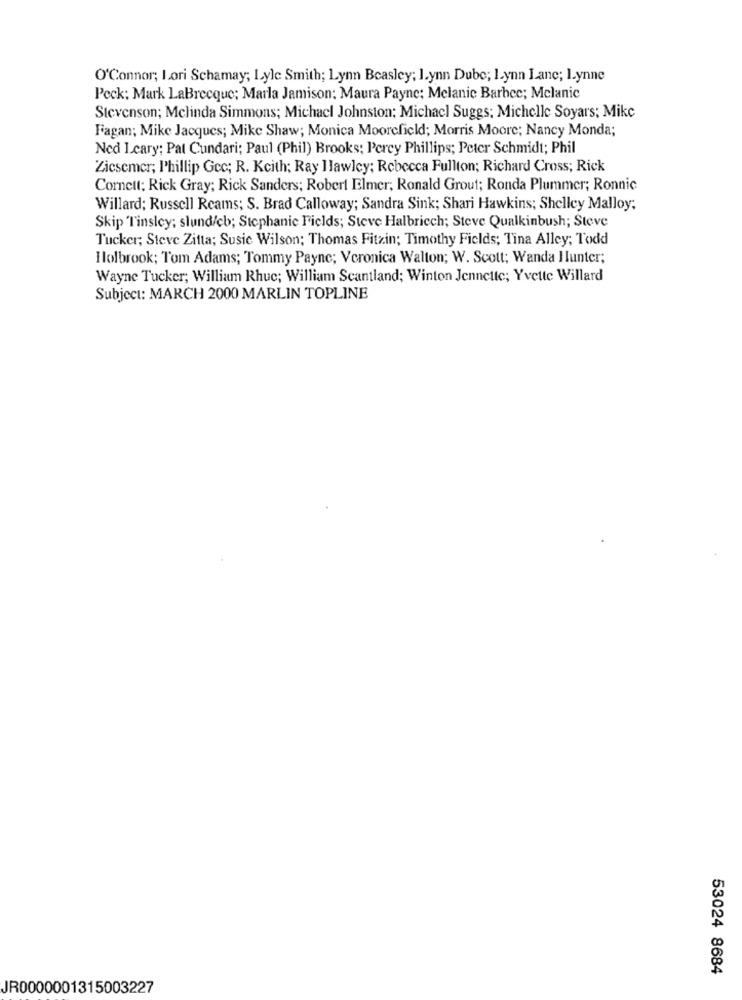
O'Connor; Lori Schamay; Lyle Smith; Lynn Beasley; l.ynn Dube; Lynn Lane; lynne
Peck: Mark LaBrecque; Marla Jamison: Maura Payne; Melanie Barbec; Mclanic
Stevenson; Melinda Simmons; Michael Johnston; Michael Suggs; Michelle Soyars; Mike
Fagan; Mike Jacques; Mike Shaw; Monica Moorefield; Morris Moore; Nancy Monda;
Ned Leary: Pat Cundari; Paul (Phil) Brooks; Percy Phillips; Peter Schmidt; Phil
Zicsemer; Phillip Gcc; R. Keith: Ray Hawley; Rebecca Fullton; Richard Cross; Rick
Cornett: Rick Gray; Rick Sanders; Robert Elmer; Ronald Grout; Ronda Plummer; Ronnic
Willard; Russell Reams; S. Brad Calloway; Sandra Sink; Shari Hawkins; Shelley Malloy;
Skip Tinsley; slund/cb; Stephanie Fields; Steve Halbriech; Steve Qualkinbush; Steve
Tucker; Steve Zitta; Susic Wilson; Thomas Fitzin; Timothy Fields; Tina Alley; Todd
Holbrook; Tom Adams; Tommy Payne; Veronica Walton; W. Scott; Wanda Ilunter;
Wayne Tucker; William Rhuc; William Scantland; Winton Jennette; Yvette Willard
Subject: MARCH 2000 MARLIN TOPLINE
53024 8684
JR0000001315003227